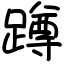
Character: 蹲